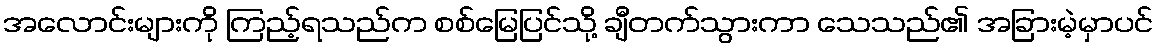
အလောင်းများကို ကြည့်ရသည်က စစ်မြေပြင်သို့ ချီတက်သွားကာ သေသည်၏ အခြားမဲ့မှာပင်